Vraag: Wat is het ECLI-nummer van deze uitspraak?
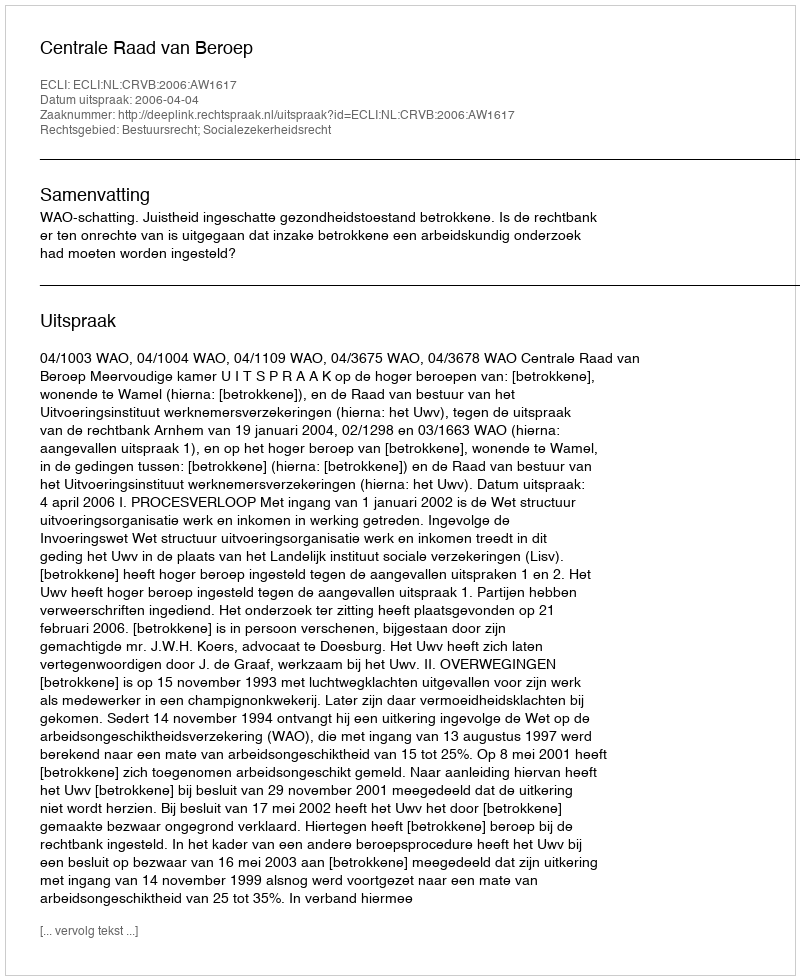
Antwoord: ECLI:NL:CRVB:2006:AW1617